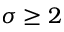
\sigma \ge 2